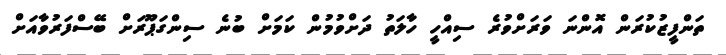
ތަންފީޒުކުރަން އޮންނަ ވަރަށްވުރެ ސިއްހީ ހާލަތު ދަށްވުމުން ކަމަށް ބުނެ ސިންގަޕޫރަށް ބޭސްފަރުވާއަށް